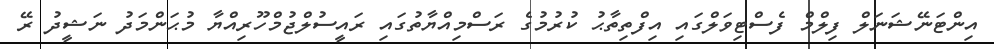
އިންޓަނޭޝަނަލް ފިލްމް ފެސްޓިވަލްގައި އިފްތިތާޙު ކުރުމުގެ ރަސްމިއްޔާތުގައި ރައީސުލްޖުމްހޫރިއްޔާ މުޙަންމަދު ނަޝީދު ރޭ